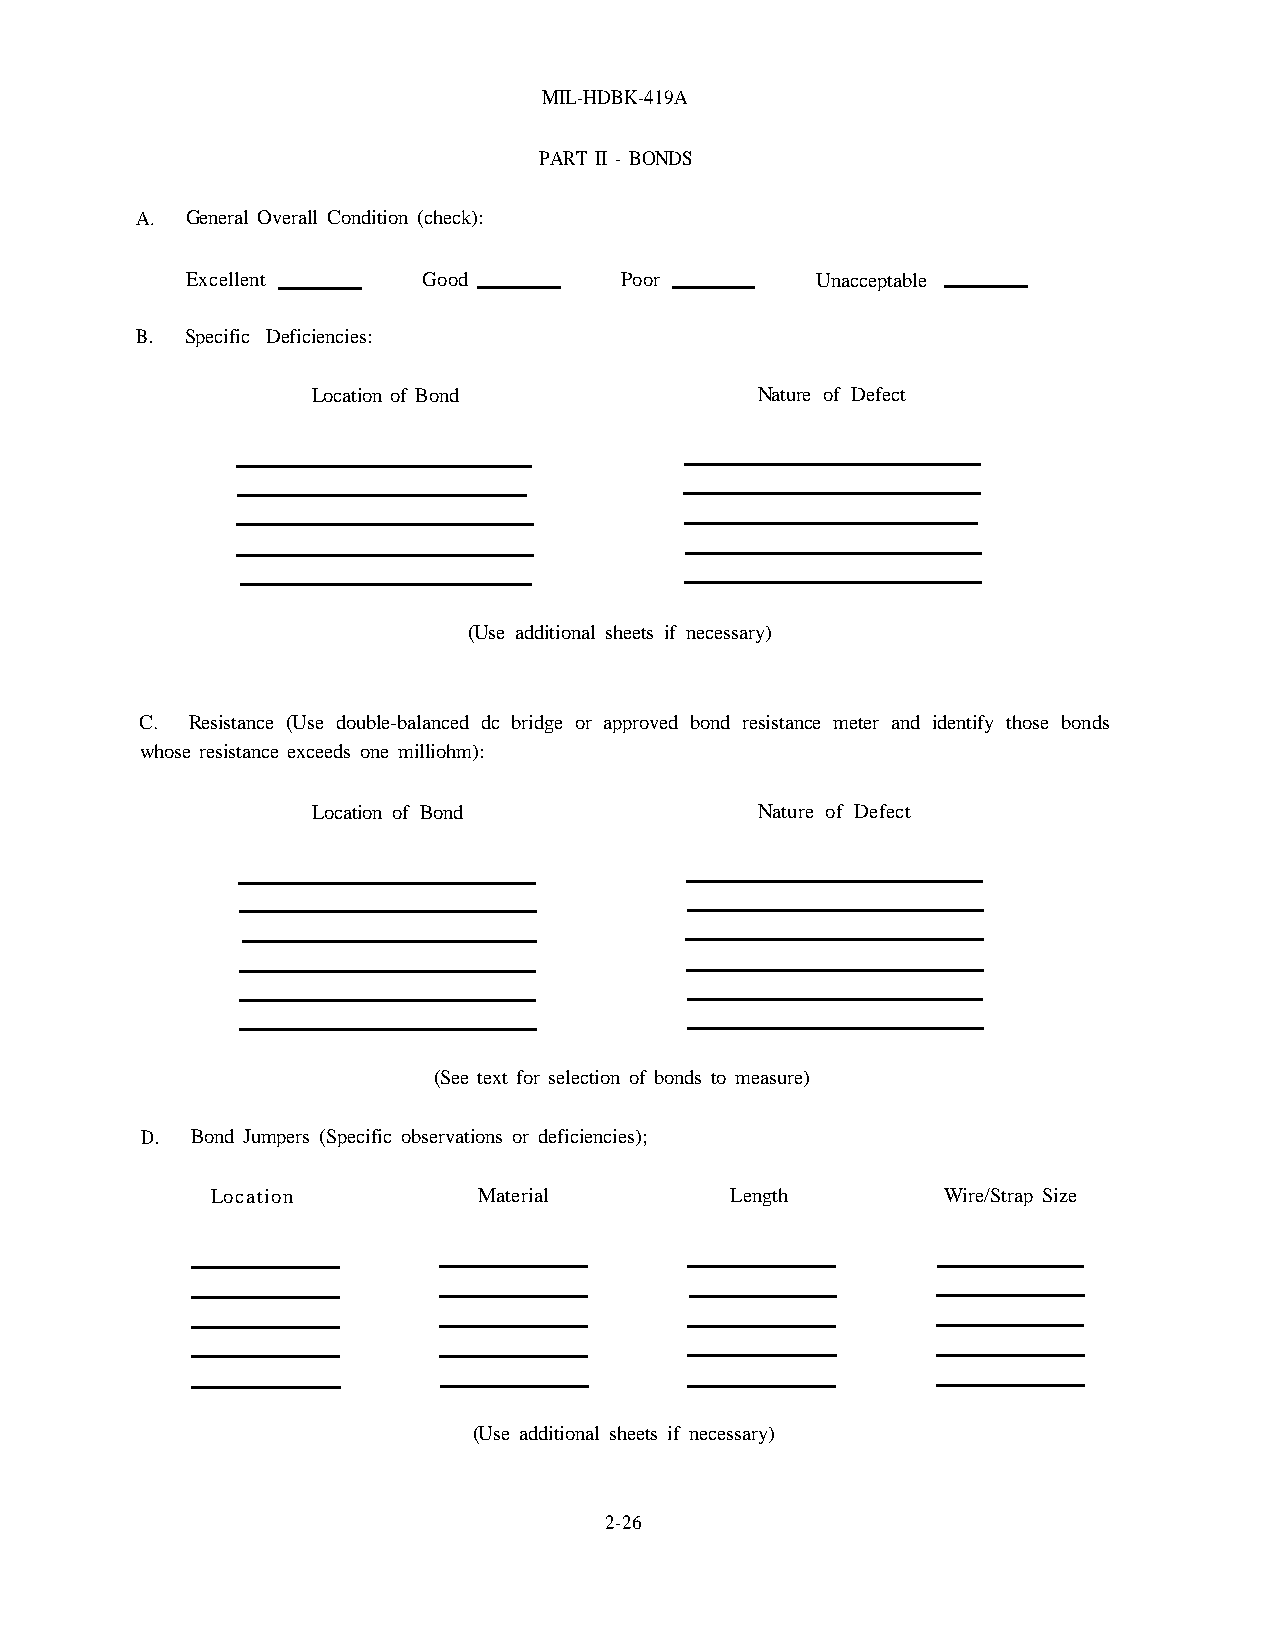
MIL-HDBK-419A
 PART II - BONDS
 A. General Overall Condition (check):
 Excellent       Good         Poor         Unacceptable
 B. Specific Deficiencies:
 Location of Bond             Nature of Defect
 (Use additional sheets if necessary)
 C. Resistance (Use double-balanced dc bridge or approved bond resistance meter and identify those bonds
 whose resistance exceeds one milliohm):
 Location of Bond             Nature of Defect
 (See text for selection of bonds to measure)
 D.  Bond Jumpers (Specific observations or deficiencies);
 Location          Material        Length        Wire/Strap Size
 (Use additional sheets if necessary)
 2-26